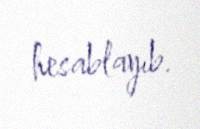
hesablayıb.